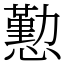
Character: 懃